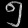
Digit: ၅